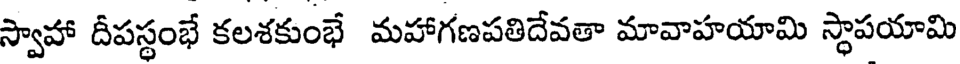
స్వాహా దీపస్థంభే కలశకుంభే మహాగణపతిదేవతా మావాహయామి స్థాపయామి